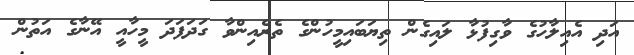
އަދި އެއިލާހުގެ ވާގިފުޅާ ލައިގެން ތިޔަބައިމީހުންގެ ތެރެއިންވާ ގަދަފަދަ މީހާއީ އޭނާގެ އަތުން